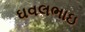
ઘવલભાઇ